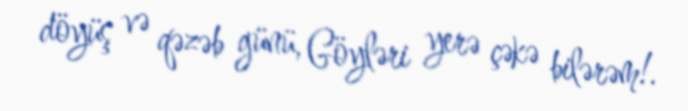
döyüş və qəzəb günü, Göyləri yerə çəkə bilərəm!.